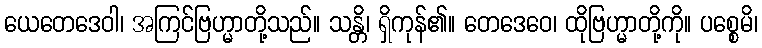
ယေတေဒေဝါ၊ အကြင်ဗြဟ္မာတို့သည်။ သန္တိ၊ ရှိကုန်၏။ တေဒေဝေ၊ ထိုဗြဟ္မာတို့ကို။ ပစ္စေမိ၊